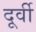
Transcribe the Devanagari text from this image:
दूर्वी